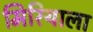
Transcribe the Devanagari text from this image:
मिरियाला